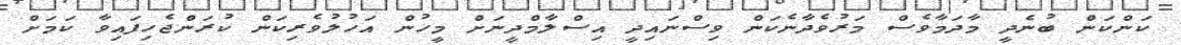
ކަންކަން ބުނެދީ މާދަމާވެސް މަރުވެދާނެކަން ވިސްނައިދީ އިސްލާމްދީނަށް މީހުން އަހުލުވެރިކަން ކުރަންޖެހިފައިވާ ކަމަށް